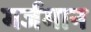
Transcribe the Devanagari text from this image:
गर्जमान